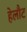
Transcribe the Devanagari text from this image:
हेलौट